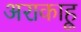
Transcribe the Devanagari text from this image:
अराकाहू